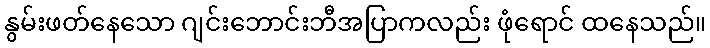
နွမ်းဖတ်နေသော ဂျင်းဘောင်းဘီအပြာကလည်း ဖုံရောင် ထနေသည်။